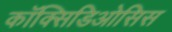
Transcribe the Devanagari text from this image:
कॉक्सिडिओसिस